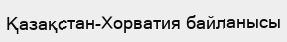
Қазақстан-Хорватия байланысы